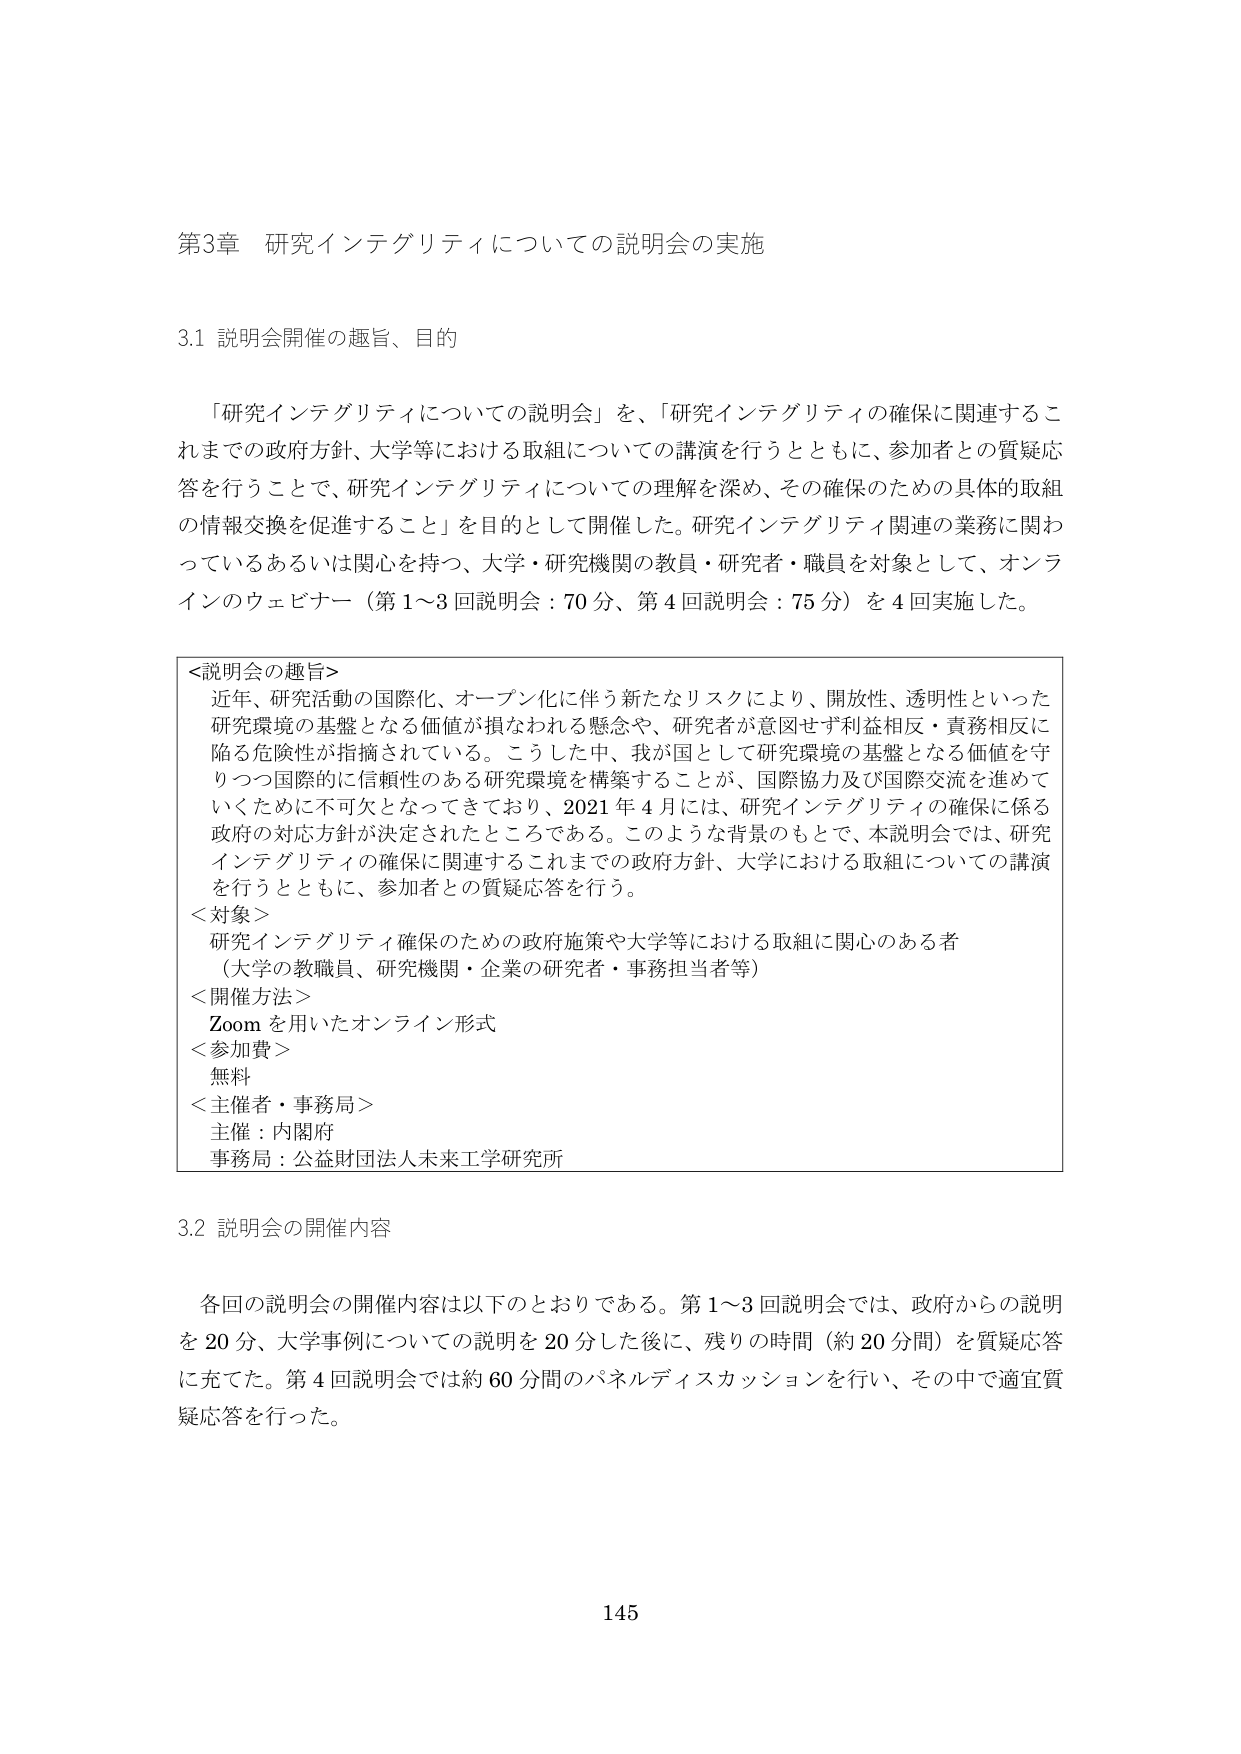
第3章 研究インテグリティについての説明会の実施

3.1 説明会開催の趣旨、目的

「研究インテグリティについての説明会」を、「研究インテグリティの確保に関連するこれまでの政府方針、大学等における取組についての講演を行うとともに、参加者との質疑応答を行うことで、研究インテグリティについての理解を深め、その確保のための具体的取組の情報交換を促進すること」を目的として開催した。研究インテグリティ関連の業務に関わっているあるいは関心を持つ、大学・研究機関の教員・研究者・職員を対象として、オンラインのウェビナー（第1～3回説明会：70分、第4回説明会：75分）を4回実施した。

＜説明会の趣旨＞
近年、研究活動の国際化、オープン化に伴う新たなリスクにより、開放性、透明性といった研究環境の基盤となる価値が損なわれる懸念や、研究者が意図せず利益相反・責務相反に陥る危険性が指摘されている。こうした中、我が国として研究環境の基盤となる価値を守りつつ国際的に信頼性のある研究環境を構築することが、国際協力及び国際交流を進めていくために不可欠となってきており、2021年4月には、研究インテグリティの確保に係る政府の対応方針が決定されたところである。このような背景のもとで、本説明会では、研究インテグリティの確保に関連するこれまでの政府方針、大学における取組についての講演を行うとともに、参加者との質疑応答を行う。

＜対象＞
研究インテグリティ確保のための政府施策や大学等における取組に関心のある者
（大学の教職員、研究機関・企業の研究者・事務担当者等）

＜開催方法＞
Zoomを用いたオンライン形式

＜参加費＞
無料

＜主催者・事務局＞
主催：内閣府
事務局：公益財団法人未来工学研究所

3.2 説明会の開催内容

各回の説明会の開催内容は以下のとおりである。第1～3回説明会では、政府からの説明を20分、大学事例についての説明を20分した後に、残りの時間（約20分間）を質疑応答に充てた。第4回説明会では約60分間のパネルディスカッションを行い、その中で適宜質疑応答を行った。

145